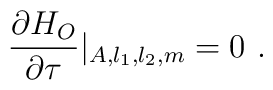
{\partial H_O \over \partial \tau}|_{A, l_1, l_2 ,m} = 0 \ .